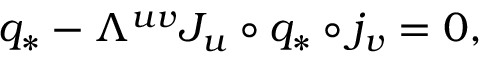
q _ { * } - \Lambda ^ { u v } J _ { u } \circ q _ { * } \circ j _ { v } = 0 ,